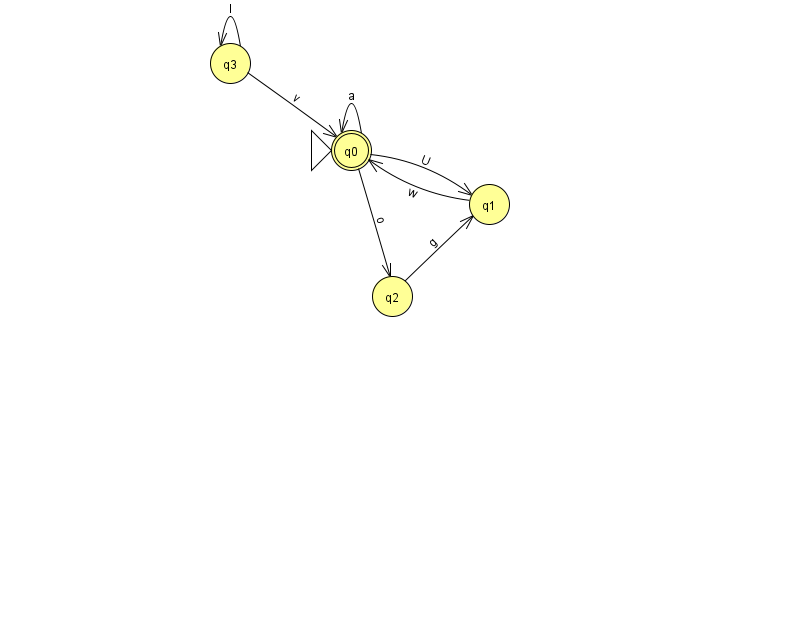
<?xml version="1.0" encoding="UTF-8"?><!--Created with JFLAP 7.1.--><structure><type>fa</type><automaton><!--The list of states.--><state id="0" name="q0"><x>351.0</x><y>137.0</y><initial/><final/></state><state id="1" name="q1"><x>489.0</x><y>191.0</y></state><state id="2" name="q2"><x>392.0</x><y>283.0</y></state><state id="3" name="q3"><x>230.0</x><y>50.0</y></state><!--The list of transitions.--><transition><from>2</from><to>1</to><read>g</read></transition><transition><from>0</from><to>0</to><read>a</read></transition><transition><from>0</from><to>2</to><read>o</read></transition><transition><from>1</from><to>0</to><read>w</read></transition><transition><from>3</from><to>3</to><read>l</read></transition><transition><from>3</from><to>0</to><read>v</read></transition><transition><from>0</from><to>1</to><read>U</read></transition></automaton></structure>